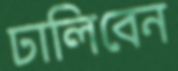
ঢালিবেন